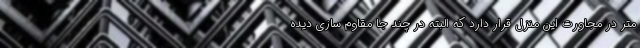
متر در مجاورت این منزل قرار دارد که البته در چند جا مقاوم سازی دیده